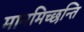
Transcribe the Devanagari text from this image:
मानमिच्छन्ति